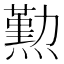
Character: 𤐂